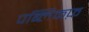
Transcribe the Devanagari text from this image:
पब्लिकफ़